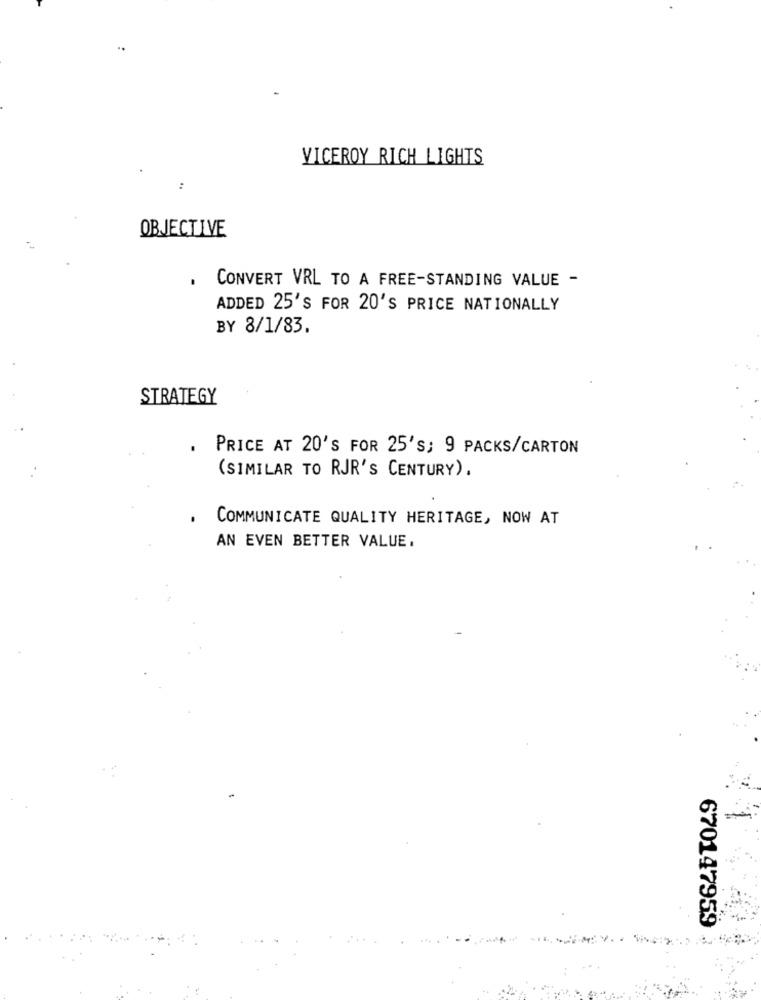
..
VICEROY RICH LIGHTS
:
OBJECTIVE
CONVERT VRL TO A FREE-STANDING VALUE -
ADDED 25'S FOR 20'S PRICE NATIONALLY
BY 8/1/83.
STRATEGY
PRICE AT 20'S FOR 25's; 9 PACKS/CARTON
(SIMILAR TO RJR'S CENTURY).
COMMUNICATE QUALITY HERITAGE, NOW AT
AN EVEN BETTER VALUE.
670147959